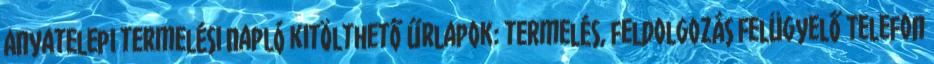
Anyatelepi termelési napló kitölthető űrlapok: termelés, feldolgozás Felügyelő Telefon